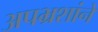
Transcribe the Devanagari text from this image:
अपभ्रशांने